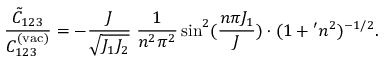
\frac { \tilde { C } _ { 1 2 3 } } { C _ { 1 2 3 } ^ { ( \mathrm { v a c ) } } } = - \frac { J } { \sqrt { J _ { 1 } J _ { 2 } } } \; \frac { 1 } { n ^ { 2 } \pi ^ { 2 } } \sin ^ { 2 } ( \frac { n \pi J _ { 1 } } { J } ) \cdot ( 1 + \l ^ { \prime } n ^ { 2 } ) ^ { - 1 / 2 } .